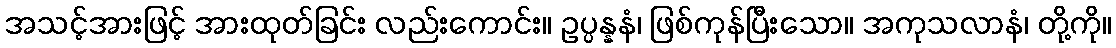
အသင့်အားဖြင့် အားထုတ်ခြင်း လည်းကောင်း။ ဥပ္ပန္နနံ၊ ဖြစ်ကုန်ပြီးသော။ အကုသလာနံ၊ တို့ကို။